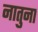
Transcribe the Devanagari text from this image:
नातुना